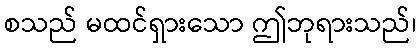
စသည် မထင်ရှားသော ဤဘုရားသည်၊